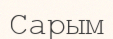
Сарым